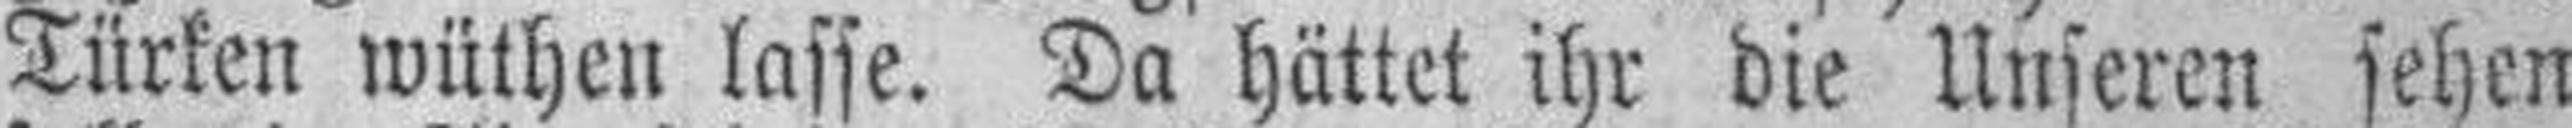
Türken wüthen lasse. Da hättet ihr die Unseren sehen